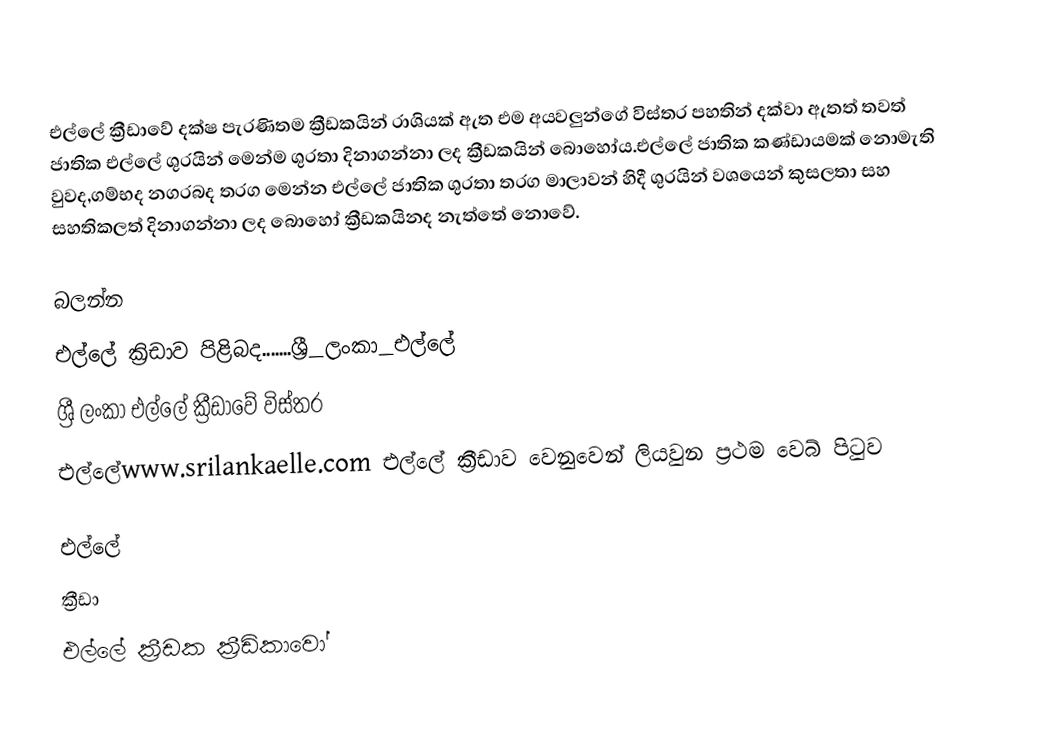
එල්ලේ ක්‍රීඩාවේ දක්ෂ පැරණිතම ක්‍රීඩකයින් රාශියක් ඇත එම අයවලුන්ගේ විස්තර පහතින් දක්වා ඇතත් තවත් ජාතික එල්ලේ ශුරයින් මෙන්ම ශුරතා දිනාගන්නා ලද ක්‍රීඩකයින් බොහෝය.එල්ලේ ජාතික කණ්ඩායමක් නොමැති වුවද,ගම්භද නගරබද තරග මෙන්න එල්ලේ ජාතික ශුරතා තරග මාලාවන් හිදී ශුරයින් වශයෙන් කුසලතා සහ සහතිකලත් දිනාගන්නා ලද බොහෝ ක්‍රීඩකයිනද නැත්තේ නොවේ.

බලන්න
 එල්ලේ ක්‍රිඩාව පිළිබද.......ශ්‍රී_ලංකා_එල්ලේ
 ශ්‍රී ලංකා එල්ලේ ක්‍රීඩාවේ විස්තර
 එල්ලේwww.srilankaelle.com එල්ලේ ක්‍රීඩාව වෙනුවෙන් ලියවුන ප්‍රථම වෙබ් පිටුව

එල්ලේ
ක්‍රීඩා
එල්ලේ ක්‍රීඩක ක්‍රීඩිකාවෝ